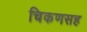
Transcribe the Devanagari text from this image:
चिकणसह